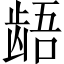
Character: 龉